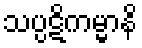
သပ္ပဋိကမ္မာနိ